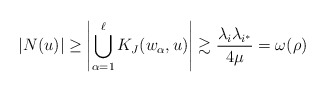
\begin{align*} |N(u)| \ge \left|\bigcup_{\alpha=1}^{\ell} K_J(w_\alpha,u)\right| \gtrsim \frac{\lambda_i\lambda_{i^*}}{4\mu} = \omega(\rho) \end{align*}